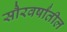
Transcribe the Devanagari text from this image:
सौरवर्षांतील